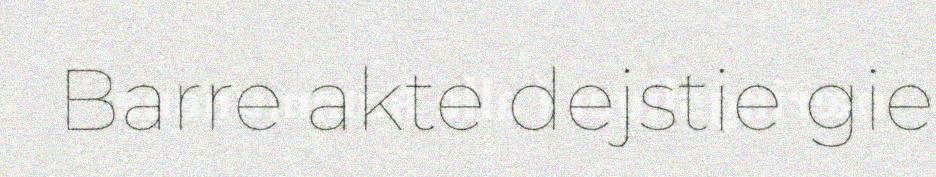
Barre akte dejstie gie